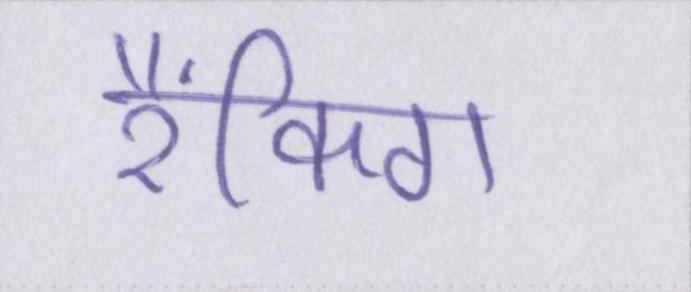
रैंकिग